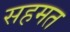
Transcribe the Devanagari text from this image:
सहमत